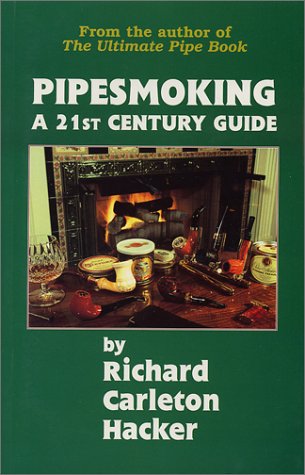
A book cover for Pipesmoking: A 21st Century Guide; Richard Carleton Hacker; Humor & Entertainment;